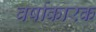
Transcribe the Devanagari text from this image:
वर्षाकारक